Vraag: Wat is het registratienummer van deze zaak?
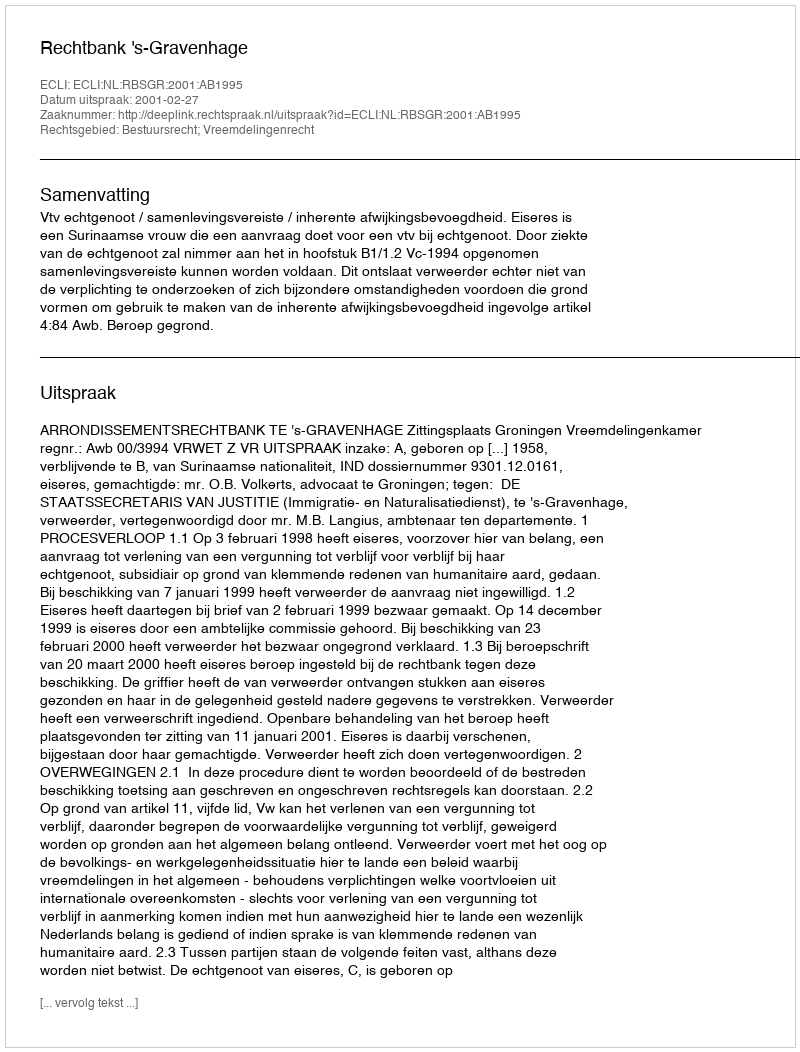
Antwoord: http://deeplink.rechtspraak.nl/uitspraak?id=ECLI:NL:RBSGR:2001:AB1995